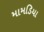
મામડિયા